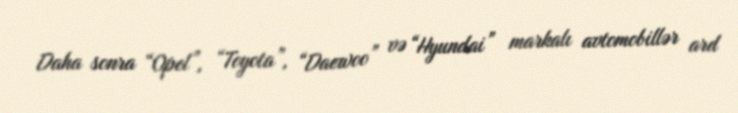
Daha sonra “Opel”, “Toyota”, “Daewoo” və “Hyundai” markalı avtomobillər ard